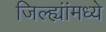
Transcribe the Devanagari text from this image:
जिल्ह्यांंमध्ये